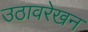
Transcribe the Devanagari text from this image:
उठावरेखन